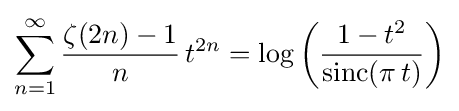
\sum _{n=1}^{\infty }{\frac {\zeta (2n)-1}{n}}\,t^{2n}=\log \left({\dfrac {1-t^{2}}{\operatorname {sinc} (\pi \,t)}}\right)